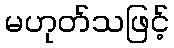
မဟုတ်သဖြင့်